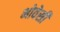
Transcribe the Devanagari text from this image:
भोवेसी